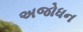
અજોધન